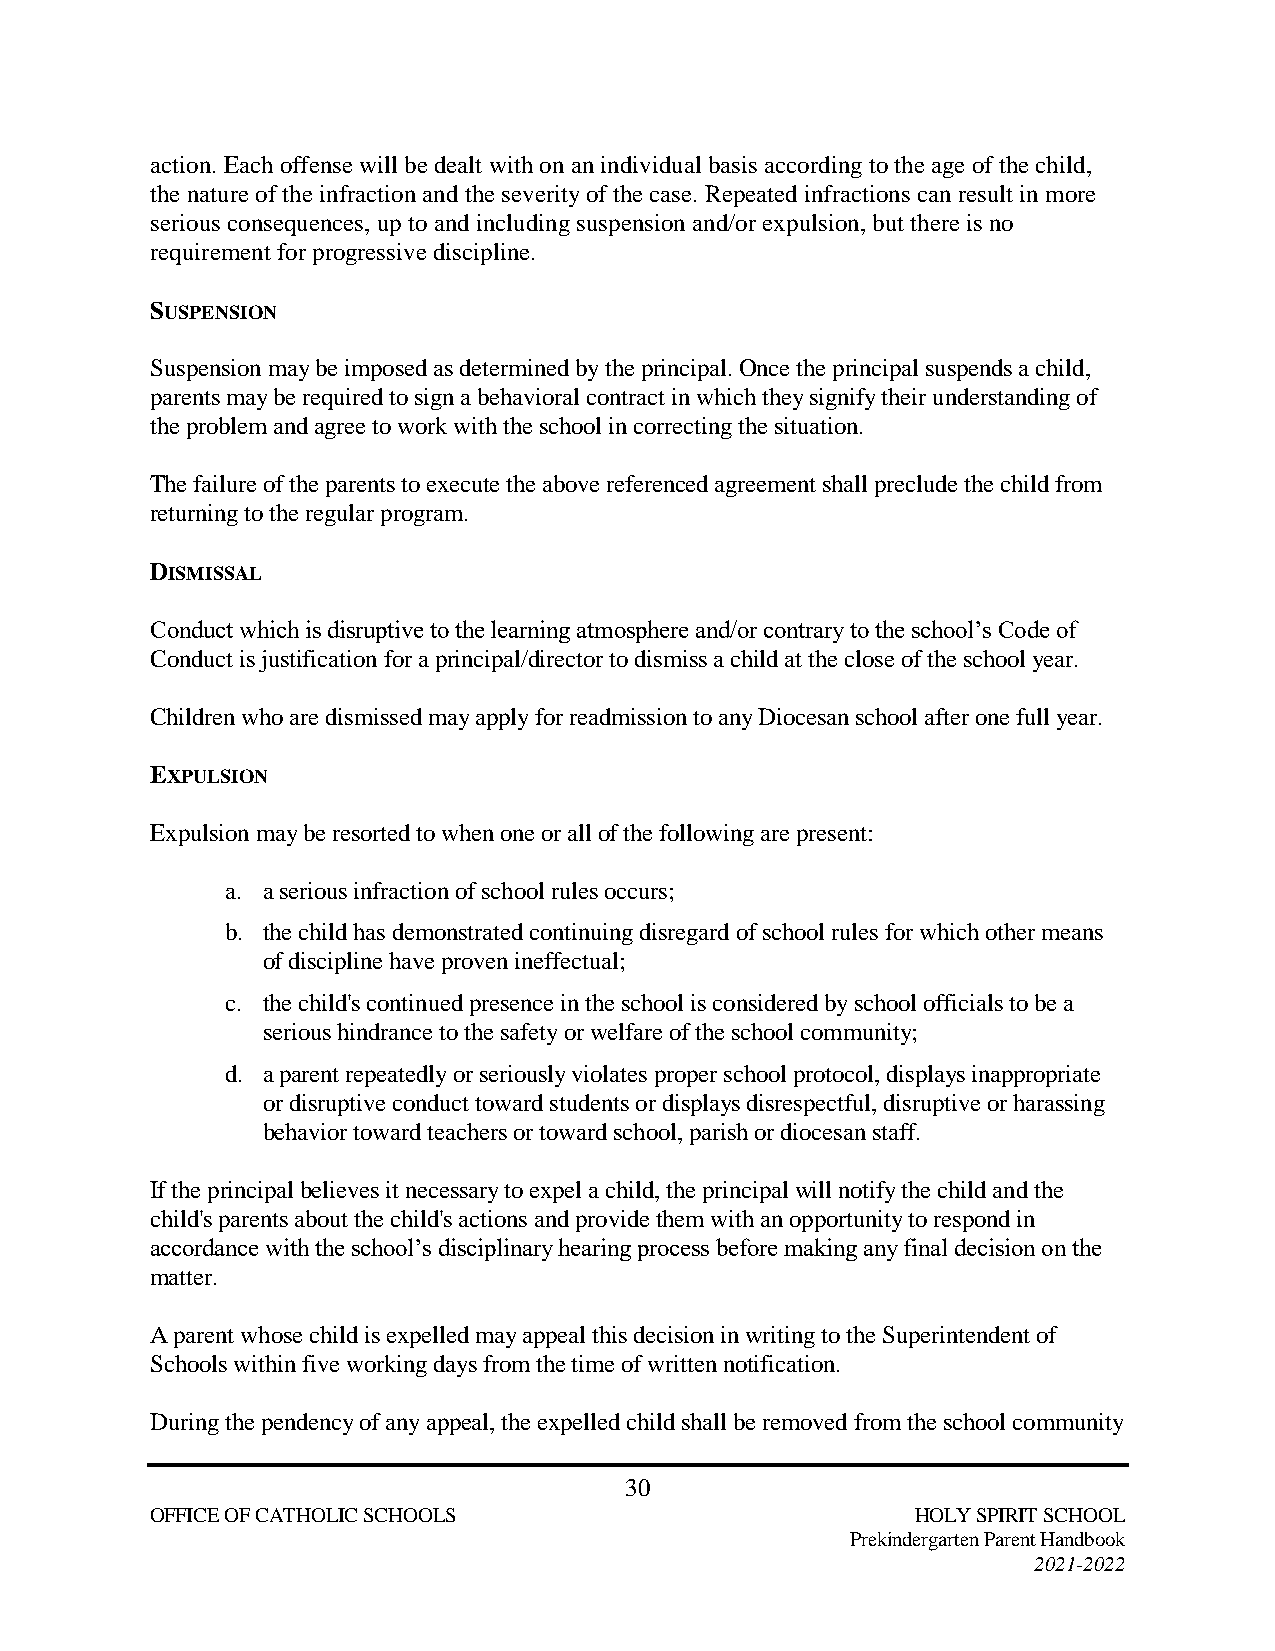
action. Each offense will be dealt with on an individual basis according to the age of the child,
 the nature of the infraction and the severity of the case. Repeated infractions can result in more
 serious consequences, up to and including suspension and/or expulsion, but there is no
 requirement for progressive discipline.
 SUSPENSION
 Suspension may be imposed as determined by the principal. Once the principal suspends a child,
 parents may be required to sign a behavioral contract in which they signify their understanding of
 the problem and agree to work with the school in correcting the situation.
 The failure of the parents to execute the above referenced agreement shall preclude the child from
 returning to the regular program.
 DISMISSAL
 Conduct which is disruptive to the learning atmosphere and/or contrary to the school’s Code of
 Conduct is justification for a principal/director to dismiss a child at the close of the school year.
 Children who are dismissed may apply for readmission to any Diocesan school after one full year.
 EXPULSION
 Expulsion may be resorted to when one or all of the following are present:
 a. a serious infraction of school rules occurs;
 b. the child has demonstrated continuing disregard of school rules for which other means
 of discipline have proven ineffectual;
 c. the child's continued presence in the school is considered by school officials to be a
 serious hindrance to the safety or welfare of the school community;
 d. a parent repeatedly or seriously violates proper school protocol, displays inappropriate
 or disruptive conduct toward students or displays disrespectful, disruptive or harassing
 behavior toward teachers or toward school, parish or diocesan staff.
 If the principal believes it necessary to expel a child, the principal will notify the child and the
 child's parents about the child's actions and provide them with an opportunity to respond in
 accordance with the school’s disciplinary hearing process before making any final decision on the
 matter.
 A parent whose child is expelled may appeal this decision in writing to the Superintendent of
 Schools within five working days from the time of written notification.
 During the pendency of any appeal, the expelled child shall be removed from the school community
 30
 OFFICE OF CATHOLIC SCHOOLS                         HOLY SPIRIT SCHOOL
 Prekindergarten Parent Handbook
 2021-2022